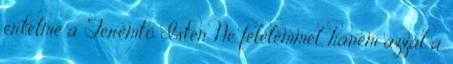
értelme a Teremtő Isten. Ne félelemmel, hanem azzal a